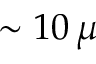
\sim 1 0 \, \mu